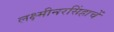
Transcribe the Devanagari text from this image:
लक्ष्मीनरसिंहाचें